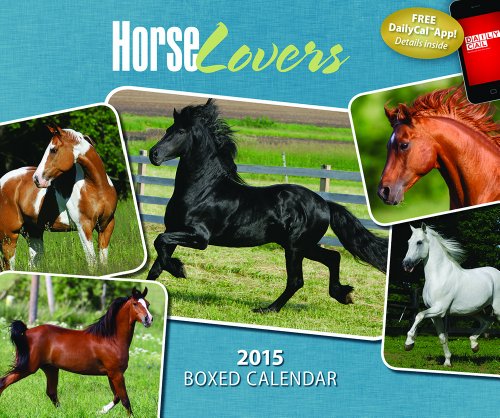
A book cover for Horse Lovers 2015 Box; BrownTrout; Calendars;